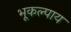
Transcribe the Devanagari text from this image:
भूकल्पाय